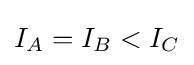
I_{A}=I_{B}<I_{C}